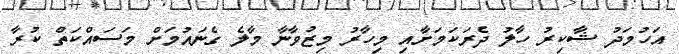
އަހުމަދު ޝާކިރު ހާލު ދެރަކަމަށާއި މިހާރު މިޒުވާނާ މާލެ ގެނައުމަށް މަސައްކަތް ކުރާ